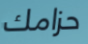
حزامك